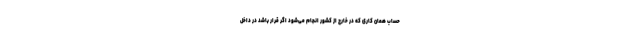
حساب همان کاری که در خارج از کشور انجام می‌شود اگر قرار باشد در داخل